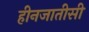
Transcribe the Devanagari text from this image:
हीनजातीसी